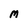
Character: M